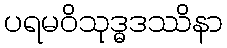
ပရမဝိသုဒ္ဓဒဿိနာ